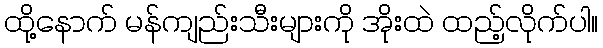
ထို့နောက် မန်ကျည်းသီးများကို အိုးထဲ ထည့်လိုက်ပါ။